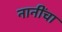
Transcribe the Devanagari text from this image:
नानींचा